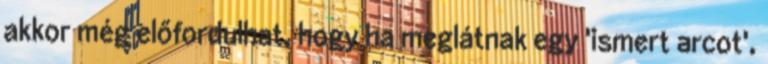
akkor még előfordulhat, hogy ha meglátnak egy 'ismert arcot',